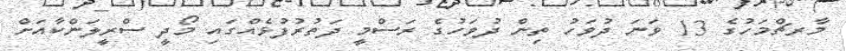
މާރޗްމަހުގެ 13 ވަނަ ދުވަހު ތިން ދުވަހުގެ ރަސްމީ ދަތުރުފުޅެއްގައި މޯދީ ސްރީލަންކާއަށް